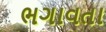
ભગાવતા